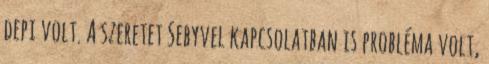
depi volt. A szeretet Sebyvel kapcsolatban is probléma volt,